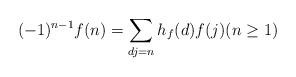
LaTeX: \begin{align*} (-1)^{n-1} f(n) = \sum_{dj =n} h_f(d) f(j) (n\ge 1)\end{align*}